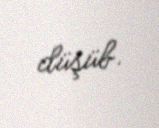
düşüb.